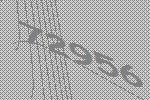
72956